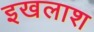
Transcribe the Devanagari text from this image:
इखलाश